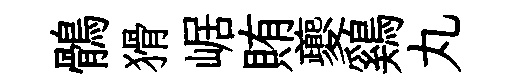
鶻猾崌賄夔鷄丸